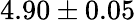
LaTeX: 4.90\pm 0.05